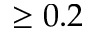
\ge 0 . 2